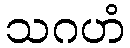
သဂဟံ